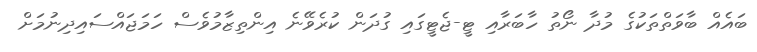
ބައެއް ބާވަތްތަކުގެ މުދާ ނޯތު ހާބަރާއި ޓީ-ޖެޓީގައި ގުދަން ކުރެވޭނެ އިންތިޒާމުވެސް ހަމަޖައްސައިދިނުމަށް